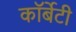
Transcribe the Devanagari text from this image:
कॉर्बेटी